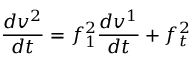
\frac { d v ^ { 2 } } { d t } = f _ { 1 } ^ { 2 } \frac { d v ^ { 1 } } { d t } + f _ { t } ^ { 2 }